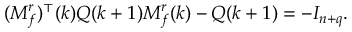
( M _ { f } ^ { r } ) ^ { \top } ( k ) Q ( k + 1 ) M _ { f } ^ { r } ( k ) - Q ( k + 1 ) = - I _ { n + q } .